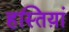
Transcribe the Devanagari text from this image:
हस्तिय़ां